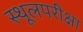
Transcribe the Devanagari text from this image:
स्थूलपरीक्षा